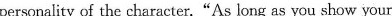
personality of the character."As long as you show your